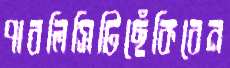
পাবলিসিটিছেঁকিবেন